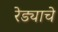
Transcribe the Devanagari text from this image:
रेड्याचे